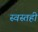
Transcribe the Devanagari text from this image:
स्वस्तही